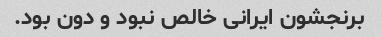
برنجشون ایرانی خالص نبود و دون بود.